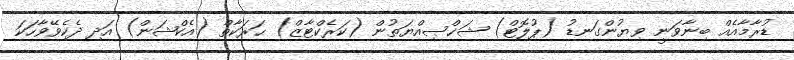
ޑުރާމާއެއް ބިނާވަނީ ވިޔުންގަނޑު (ޕުލޮޓް) ޝަޚްޞިއްޔަތުން (ކަރެކްޓާޒް) ޙަރަކާތް (އެކްޝަން) އަދި ދެކެވޭވާހަކަ